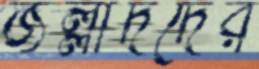
জল্লাদদের